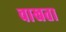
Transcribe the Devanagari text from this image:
चाखता